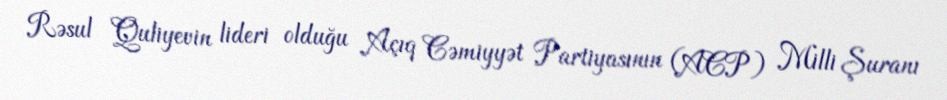
Rəsul Quliyevin lideri olduğu Açıq Cəmiyyət Partiyasının (ACP) Milli Şuranı